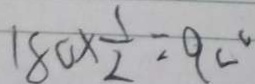
1 8 0 \times \frac { 1 } { 2 } = 9 0 ^ { \circ }